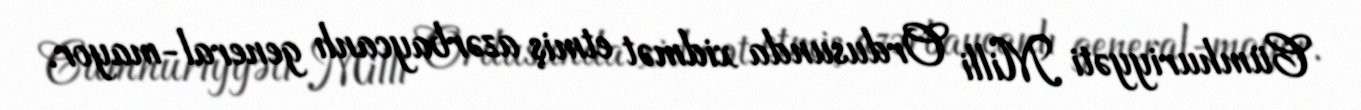
Cümhuriyyəti Milli Ordusunda xidmət etmiş azərbaycanlı general-mayor.